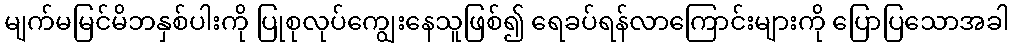
မျက်မမြင်မိဘနှစ်ပါးကို ပြုစုလုပ်ကျွေးနေသူဖြစ်၍ ရေခပ်ရန်လာကြောင်းများကို ပြောပြသောအခါ